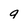
Character: g